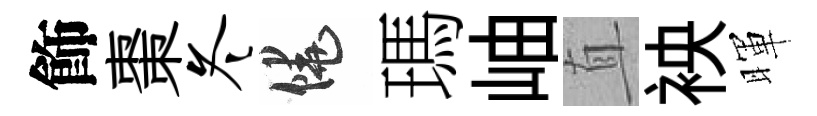
飾棗冬饒瑪岫直䘧暉